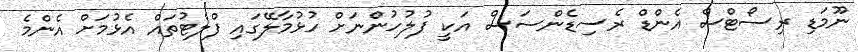
ނޫމަޑި ރިސޯޓްސް އެންޑް ރެސިޑެންސަސް އަކީ ފުލުހުންނަށް ހުޅުމާލޭގައި ފްލެޓުތައް އެޅުމަށް އެންމެ